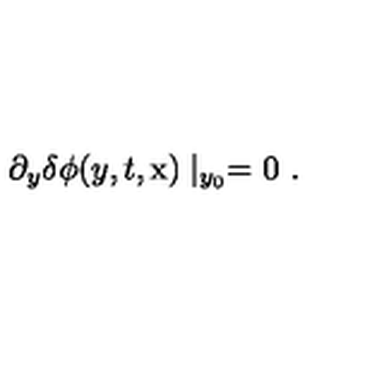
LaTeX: \partial _ { y } \delta \phi ( y , t , \mathrm { \boldmath x } ) \mid _ { y _ { 0 } } = 0 \ .